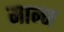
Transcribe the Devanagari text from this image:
मान्म